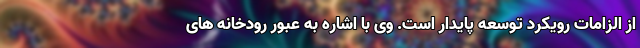
از الزامات رویکرد توسعه پایدار است. وی با اشاره به عبور رودخانه های